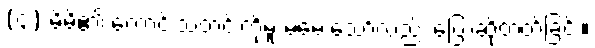
(၄) မိမိ၏ ကောင်းသတင်းကိုမူ မမေးသော်လည်း ပြောဆိုတတ်ခြင်း။